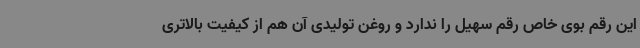
این رقم بوی خاص رقم سهیل را ندارد و روغن تولیدی آن هم از کیفیت بالاتری